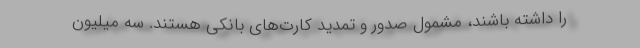
را داشته باشند، مشمول صدور و تمدید کارت‌های بانکی هستند. سه میلیون